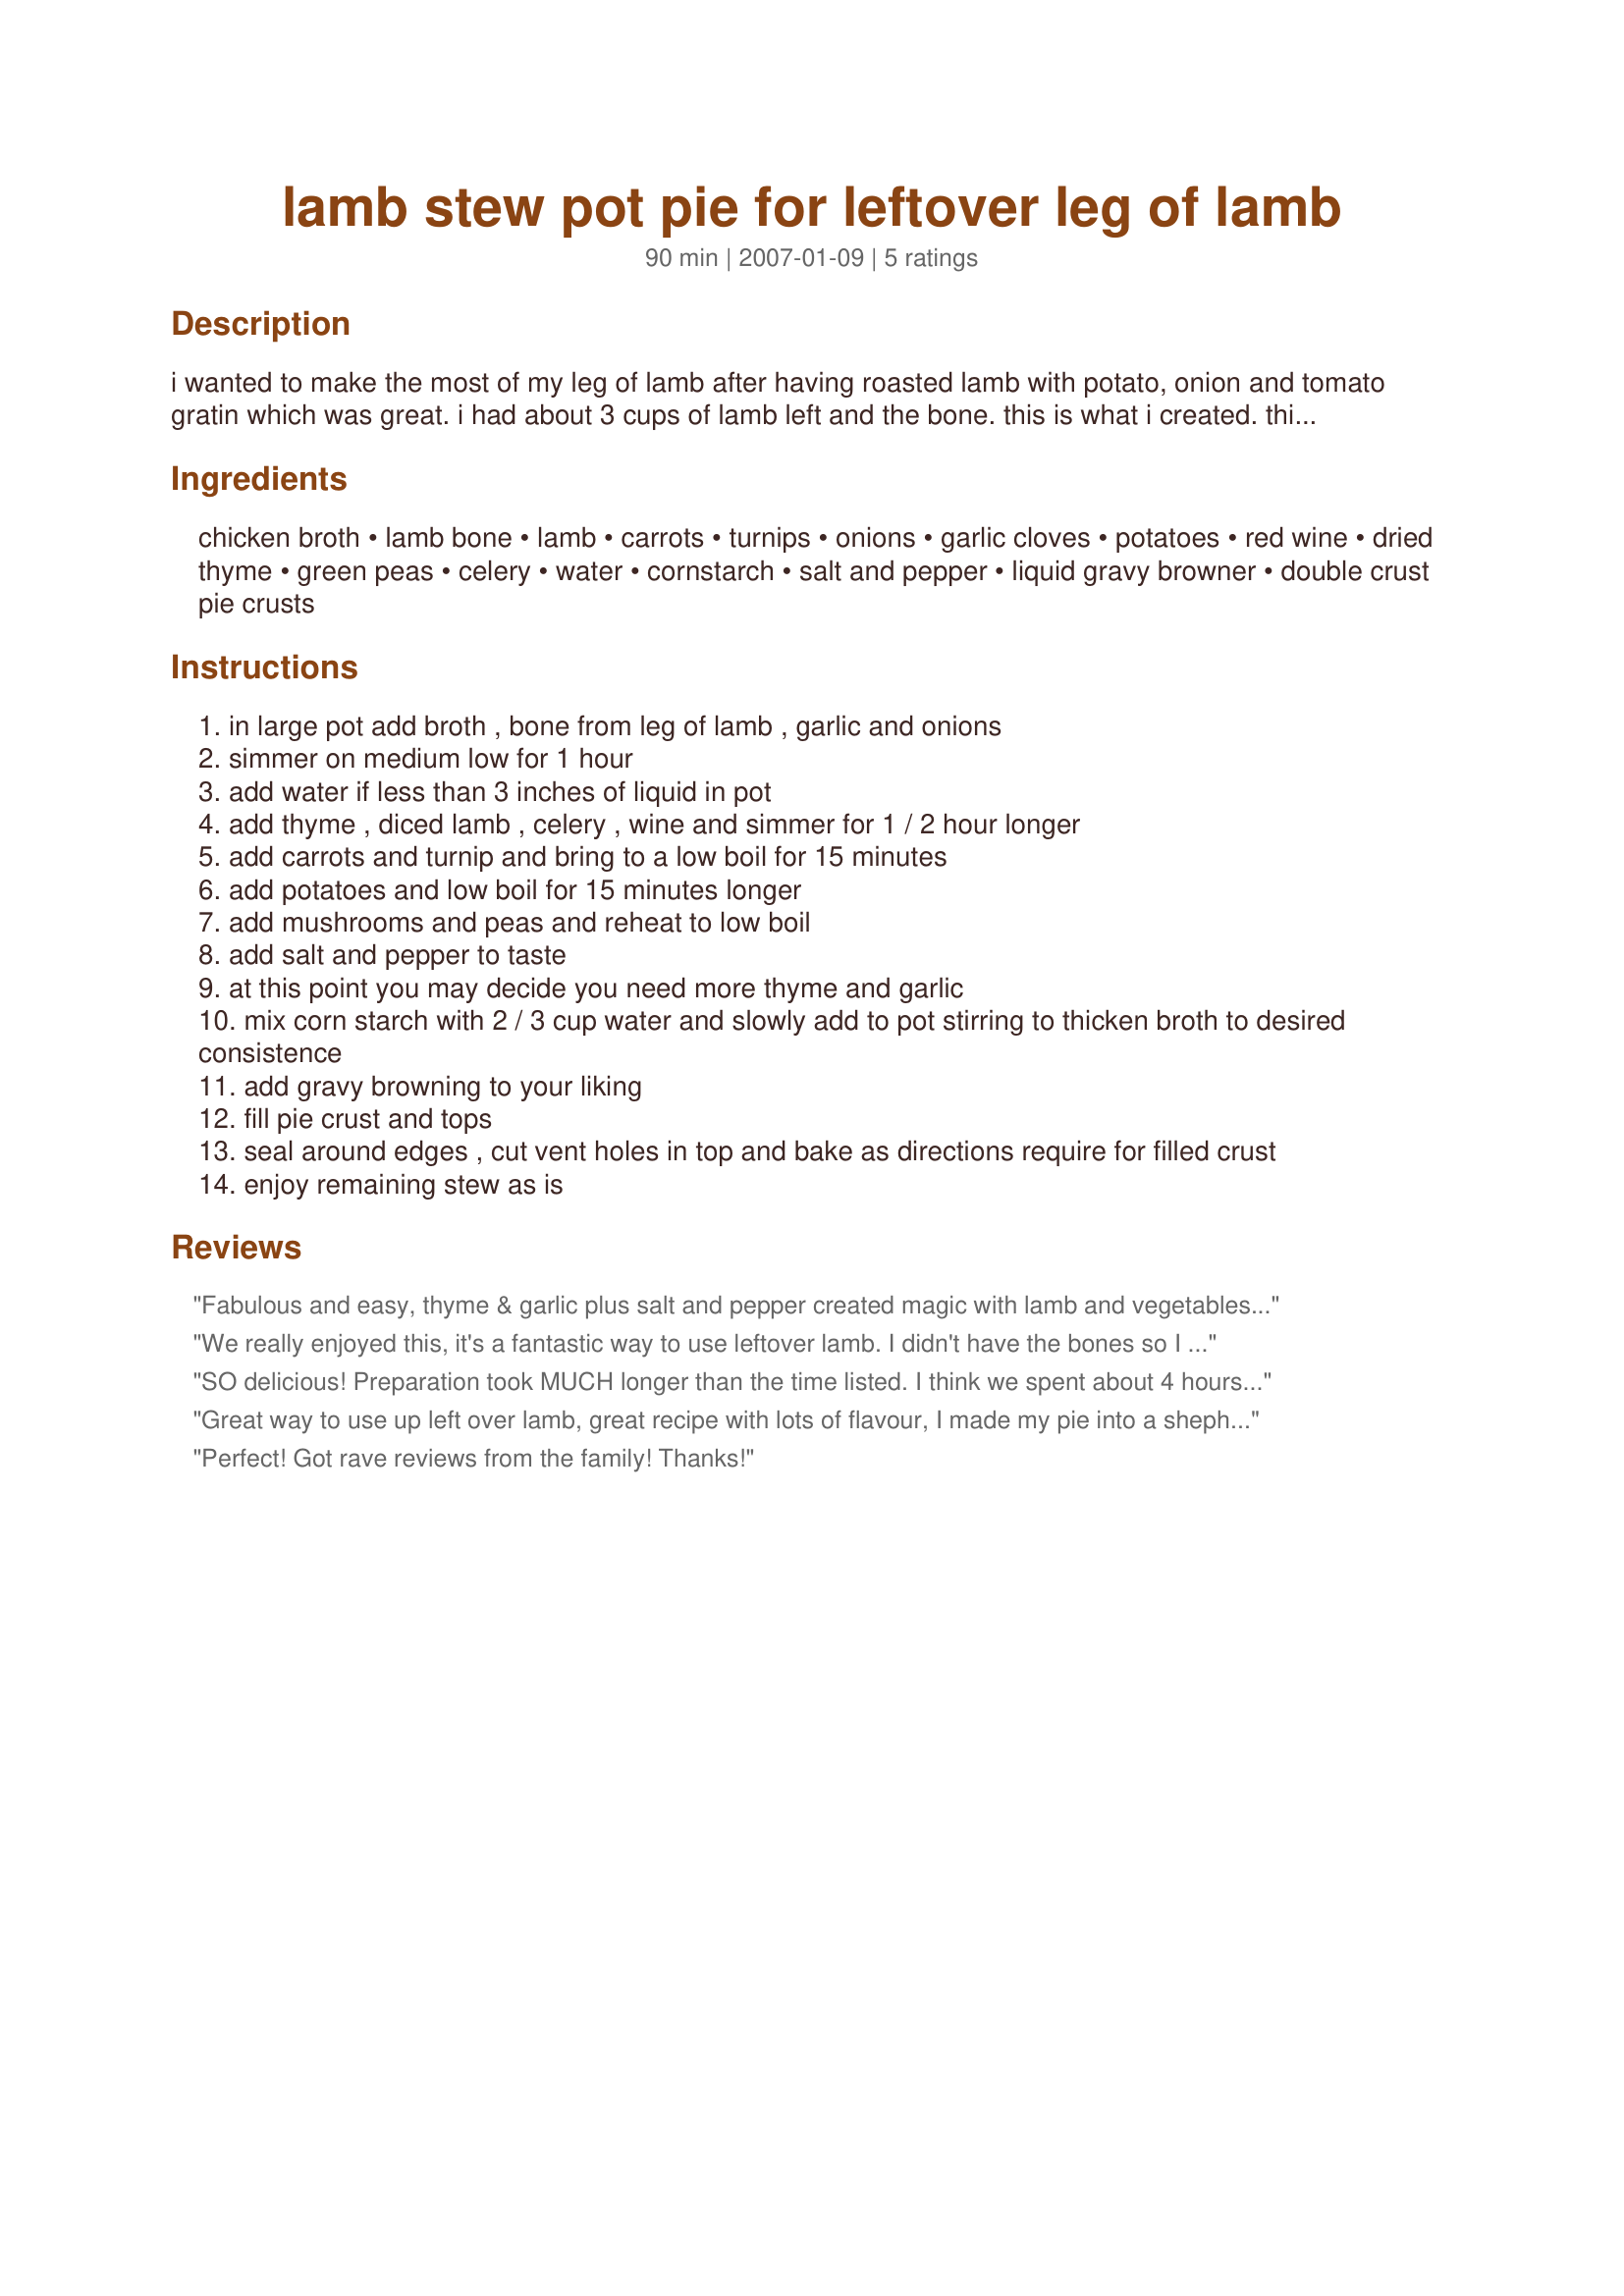
lamb stew pot pie for leftover leg of lamb
Preparation time: 90 minutes

i wanted to make the most of my leg of lamb after having roasted lamb with potato, onion and tomato gratin which was great. i had about 3 cups of lamb left and the bone. this is what i created. this recipe is open to a lot of changes and preferences but will give the inexperienced cook a good idea as to how to make that leftover lamb into two more great meals.

Ingredients:
chicken broth, lamb bone, lamb, carrots, turnips, onions, garlic cloves, potatoes, red wine, dried thyme, green peas, celery, water, cornstarch, salt and pepper, liquid gravy browner, double crust pie crusts

Steps:
in large pot add broth , bone from leg of lamb , garlic and onions
simmer on medium low for 1 hour
add water if less than 3 inches of liquid in pot
add thyme , diced lamb , celery , wine and simmer for 1 / 2 hour longer
add carrots and turnip and bring to a low boil for 15 minutes
add potatoes and low boil for 15 minutes longer
add mushrooms and peas and reheat to low boil
add salt and pepper to taste
at this point you may decide you need more thyme and garlic
mix corn starch with 2 / 3 cup water and slowly add to pot stirring to thicken broth to desired consistence
add gravy browning to your liking
fill pie crust and tops
seal around edges , cut vent holes in top and bake as directions require for filled crust
enjoy remaining stew as is

Reviews:
Fabulous and easy, thyme & garlic plus salt and pepper created magic with lamb and vegetables. Recipe doesn't list mushrooms but then adds them in step 5 so I added 8 oz of fresh sliced portabellas. Didn't need the liquid gravy as I had pan drippings. Oh and BTW remove the bone before serving. I also extended the cooking time at all steps cause I like my stew vegetables soft. Yum!
We really enjoyed this, it's a fantastic way to use leftover lamb. I didn't have the bones so I let the potatoes, carrots, onions, celery and thyme (I omitted the turnips) simmer in the beef broth for about 40 min. then threw in the cubed lamb and cooked another 30 min. I served with some crusty bread for a delicious meal. I like the idea of making it into a pot pie so I think I will try that with my next batch of leftover lamb. Thanks for a great recipe Michelle!
SO delicious! Preparation took MUCH longer than the time listed. I think we spent about 4 hours in the kitchen. Some of that time was more intensive than other times, but this meal certainly is a time commitment. But so worth it. The best part was when our super picky 5 year old daughter ate it, without complaint, and then declared she loved it. In fact, she suggested that we have it for lunch tomorrow! We used a refrigerated pie crust on the bottom and puff pastry on the top. Served with Irish Rosie's Irish Soda Bread. The whole meal was truly a treat!
Great way to use up left over lamb, great recipe with lots of flavour, I made my pie into a shepherds pie instead of using pastry by adding a mix of kumara and desire potato with a sprinkle of cheddar cheese on top.
Perfect! Got rave reviews from the family! Thanks!
